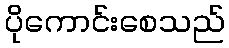
ပိုကောင်းစေသည်